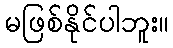
မဖြစ်နိုင်ပါဘူး။